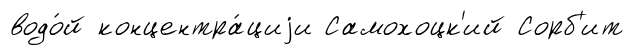
водо́й концентра́циjи Самохоцк'ий Сорб'ит